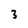
Character: 3